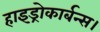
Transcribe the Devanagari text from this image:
हाइड्रोकार्बन्स।